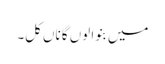
میں بنوا لوں گا ناں کل۔